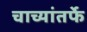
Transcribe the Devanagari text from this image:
चाच्यांतर्फे